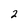
Character: 2